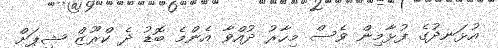
އުޅަނދުގެ ފުޅާމިން ވެސް މިހާރު ދުއްވާ އެންމެ ބޮޑު ދެ ކްރޫޒް ޝިޕަށް